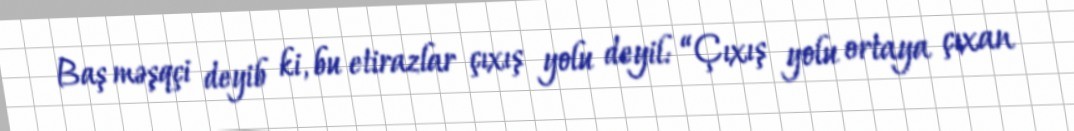
Baş məşqçi deyib ki, bu etirazlar çıxış yolu deyil: “Çıxış yolu ortaya çıxan